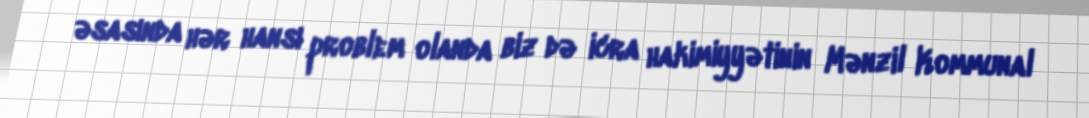
əsasında hər hansı problem olanda biz də icra hakimiyyətinin Mənzil Kommunal